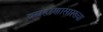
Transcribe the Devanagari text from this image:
वस्त्रहरणासारख्या